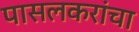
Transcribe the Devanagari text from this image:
पासलकरांचा